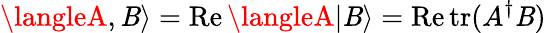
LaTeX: \langleA,\mathit{B}\rangle=\operatorname{Re}\langleA|\mathit{B}\rangle=\operatorname{Re}\operatorname{tr}(A^{\dagger}\mathit{B})